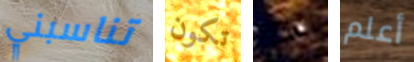
تناسبني تكون مثل أعلم